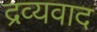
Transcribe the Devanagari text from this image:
द्रव्यवाद